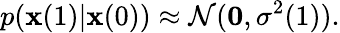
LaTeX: p(\mathbf{\boldsymbol{x}}(1)|\mathbf{\boldsymbol{x}}(0))\approx\mathcal{N}(\mathbf{0},\sigma^{2}(1)).